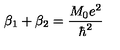
\beta _ { 1 } + \beta _ { 2 } = \frac { M _ { 0 } e ^ { 2 } } { \hbar ^ { 2 } }